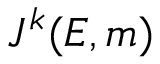
J ^ { k } ( E , m )